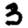
Digit: 3